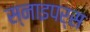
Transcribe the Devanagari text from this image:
स्नाइपर्स